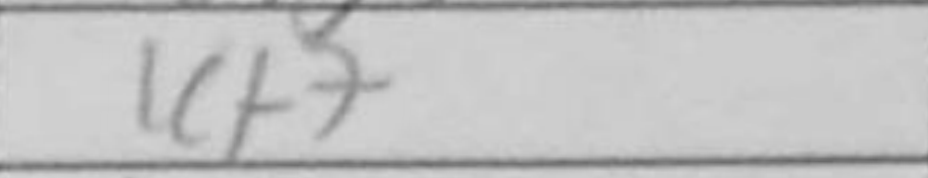
Transcription: Kf7